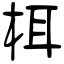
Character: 栮